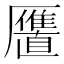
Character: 𱁍